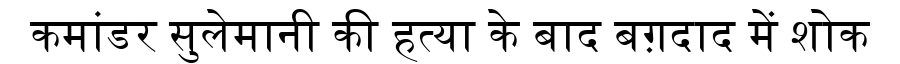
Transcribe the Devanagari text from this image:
कमांडर सुलेमानी की हत्या के बाद बग़दाद में शोक